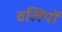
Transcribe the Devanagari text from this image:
वलियों